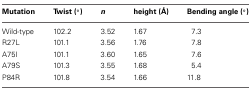
<table><thead><tr><td><b>Mutation</b></td><td><b>Twist (°)</b></td><td><b><i>n</i></b></td><td><b>height (Å)</b></td><td><b>Bending angle (°)</b></td></tr></thead><tbody><tr><td>Wild-type</td><td>102.2</td><td>3.52</td><td>1.67</td><td>7.3</td></tr><tr><td>R27L</td><td>101.1</td><td>3.56</td><td>1.76</td><td>7.8</td></tr><tr><td>A75I</td><td>101.1</td><td>3.60</td><td>1.65</td><td>7.6</td></tr><tr><td>A79S</td><td>101.3</td><td>3.55</td><td>1.68</td><td>5.4</td></tr><tr><td>P84R</td><td>101.8</td><td>3.54</td><td>1.66</td><td>11.8</td></tr></tbody></table>